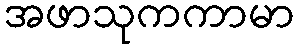
အဖာသုကကာမာ